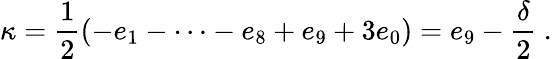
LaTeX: \kappa=\frac{1}{2}\left(-e_{1}-\dots-e_{8}+e_{9}+3e_{0}\right)=e_{9}-\frac{\delta}{2}\ .